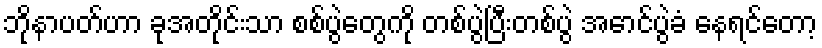
ဘိုနာပတ်ဟာ ခုအတိုင်းသာ စစ်ပွဲတွေကို တစ်ပွဲပြီးတစ်ပွဲ အောင်ပွဲခံ နေရင်တော့